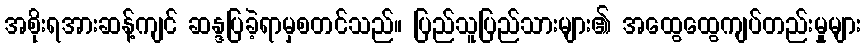
အစိုးရအားဆန့်ကျင် ဆန္ဒပြခဲ့ရာမှစတင်သည်။ ပြည်သူပြည်သားများ၏ အထွေထွေကျပ်တည်းမှုများ